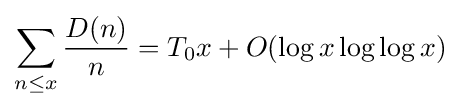
\sum _{n\leq x}{\frac {D(n)}{n}}=T_{0}x+O(\log x\log \log x)